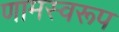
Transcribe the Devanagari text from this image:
णामस्वरूप